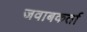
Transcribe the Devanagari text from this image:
जवाबकर्ता